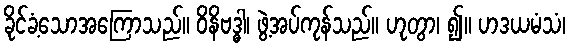
ခိုင်ခံ့သောအကြောသည်။ ဝိနိဗဒ္ဓါ၊ ဖွဲ့အပ်ကုန်သည်။ ဟုတွာ၊ ၍။ ဟဒယမံသံ၊